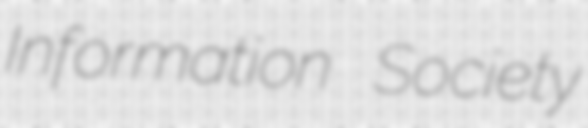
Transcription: Information Society